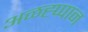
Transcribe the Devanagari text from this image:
अळह्प्पान